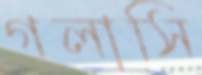
গলাসি